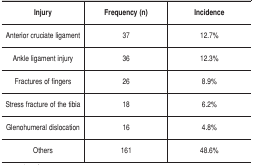
| Injury | Frequency (n) | Incidence |
 | --- | --- | --- |
 | Anteriorcruciate ligament | 37 | 12.7% |
 | Ankleligament injury | 36 | 12.3% |
 | Fracturesof fingers | 26 | 8.9% |
 | Stress fracture of the tibia | 18 | 6.2% |
 | Glenohumeraldislocation | 16 | 4.8% |
 | Others | 161 | 48.6% |